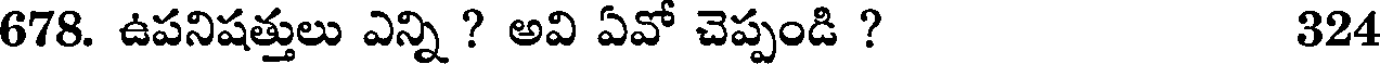
678. ఉపనిషత్తులు ఎన్ని ? అవి ఏవో చెప్పండి ? 324